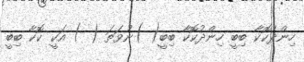
ހިންދުކޮކާ ބިބީ ހިންދުކޮކާ ބިބީ( )ނުވަތަ ( ) އަކީ ކޮކާ ބިބީ